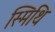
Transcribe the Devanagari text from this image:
स्मिथि